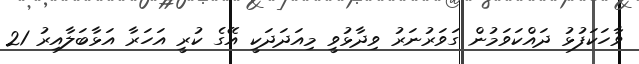
ވާހަކަފުޅު ދައްކަވަމުން ގަވަރުނަރު ވިދާޅުވީ މިއަދަދަކީ އޭގެ ކުރީ އަަހަރާ އަޅާބަލާއިރު 21